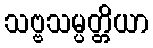
သဗ္ဗသမ္ပတ္တိယာ